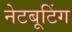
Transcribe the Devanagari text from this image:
नेटबूटिंग